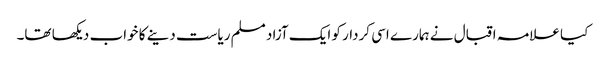
کیا علامہ اقبال نے ہمارے اسی کردار کو ایک آزاد مسلم ریاست دینے کا خواب دیکھا تھا۔